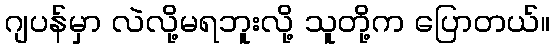
ဂျပန်မှာ လဲလို့မရဘူးလို့ သူတို့က ပြောတယ်။